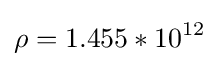
\rho =1.455*10^{12}